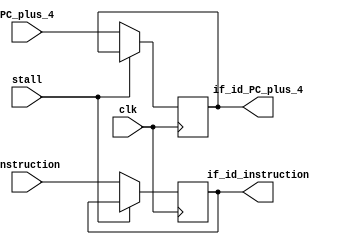
`timescale 1ns / 1ps

module IF_ID(
    input clk,
	input [31:0] PC_plus_4, instruction,
	output reg [31:0] if_id_PC_plus_4, if_id_instruction,
	input stall
	);
	
	
	always@ (negedge clk)
	begin
	if(!stall) begin
            if_id_PC_plus_4 <= PC_plus_4;
            if_id_instruction <= instruction;
    end
	end
	
endmodule